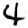
Digit: 4